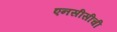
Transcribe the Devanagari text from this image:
एनसीसीची